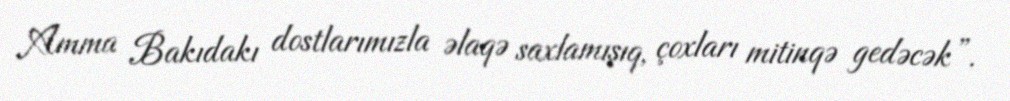
Amma Bakıdakı dostlarımızla əlaqə saxlamışıq, çoxları mitinqə gedəcək”.